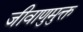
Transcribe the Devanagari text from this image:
जीवाणुमुक्त